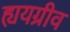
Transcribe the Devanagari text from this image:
ह्ययग्रीव